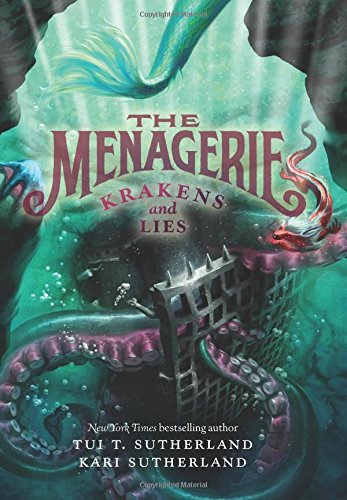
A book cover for The Menagerie #3: Krakens and Lies; Tui T. Sutherland; Children's Books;